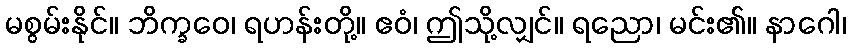
မစွမ်းနိုင်။ ဘိက္ခဝေ၊ ရဟန်းတို့။ ဧဝံ၊ ဤသို့လျှင်။ ရညော၊ မင်း၏။ နာဂေါ၊